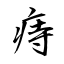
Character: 痔